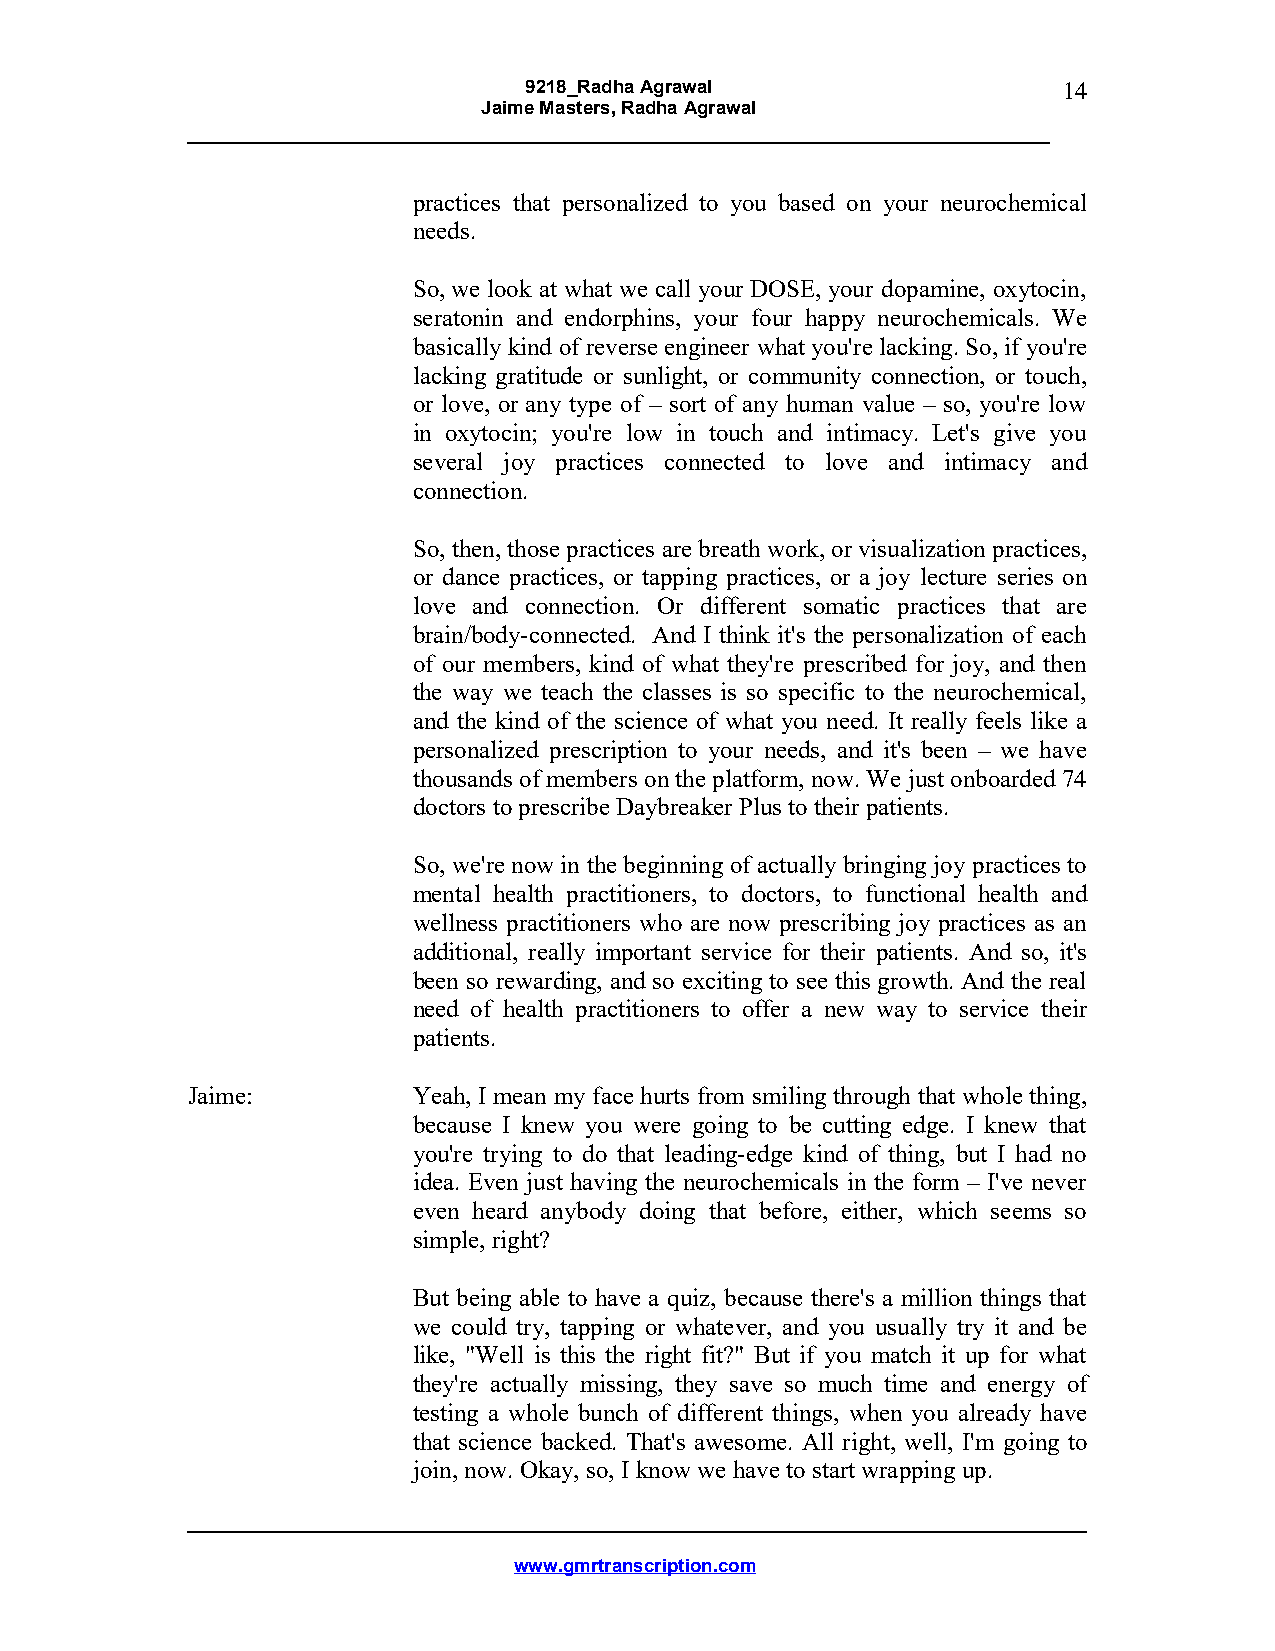
9218_Radha Agrawal                 14
 Jaime Masters, Radha Agrawal
 practices that personalized to you based on your neurochemical
 needs.
 So, we look at what we call your DOSE, your dopamine, oxytocin,
 seratonin and endorphins, your four happy neurochemicals. We
 basically kind of reverse engineer what you're lacking. So, if you're
 lacking gratitude or sunlight, or community connection, or touch,
 or love, or any type of – sort of any human value – so, you're low
 in oxytocin; you're low in touch and intimacy. Let's give you
 several joy practices connected to love and intimacy and
 connection.
 So, then, those practices are breath work, or visualization practices,
 or dance practices, or tapping practices, or a joy lecture series on
 love and connection. Or different somatic practices that are
 brain/body-connected. And I think it's the personalization of each
 of our members, kind of what they're prescribed for joy, and then
 the way we teach the classes is so specific to the neurochemical,
 and the kind of the science of what you need. It really feels like a
 personalized prescription to your needs, and it's been – we have
 thousands of members on the platform, now. We just onboarded 74
 doctors to prescribe Daybreaker Plus to their patients.
 So, we're now in the beginning of actually bringing joy practices to
 mental health practitioners, to doctors, to functional health and
 wellness practitioners who are now prescribing joy practices as an
 additional, really important service for their patients. And so, it's
 been so rewarding, and so exciting to see this growth. And the real
 need of health practitioners to offer a new way to service their
 patients.
 Jaime:         Yeah, I mean my face hurts from smiling through that whole thing,
 because I knew you were going to be cutting edge. I knew that
 you're trying to do that leading-edge kind of thing, but I had no
 idea. Even just having the neurochemicals in the form – I've never
 even heard anybody doing that before, either, which seems so
 simple, right?
 But being able to have a quiz, because there's a million things that
 we could try, tapping or whatever, and you usually try it and be
 like, "Well is this the right fit?" But if you match it up for what
 they're actually missing, they save so much time and energy of
 testing a whole bunch of different things, when you already have
 that science backed. That's awesome. All right, well, I'm going to
 join, now. Okay, so, I know we have to start wrapping up.
 www.gmrtranscription.com